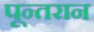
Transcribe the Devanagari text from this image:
पून्तरान